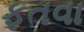
ફતવા